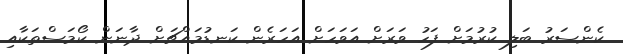
ކެންސަރު ބަލި ކުރުމަށް ފަހު ވަރަށް އަވަހަށް އަހަރެން ކަނޑުމައްޗަށް ދާނަން ކޯމަސްތަކާއި